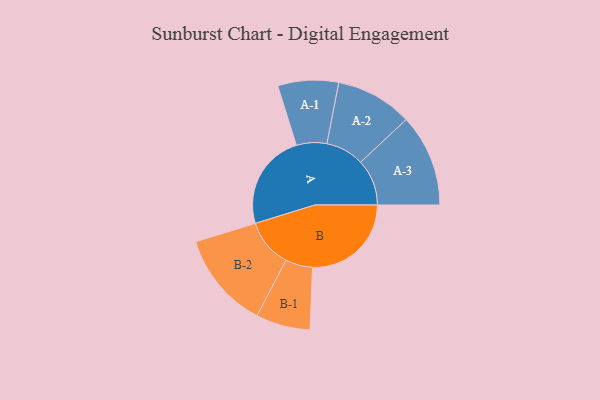
{"axis": {"x": "Segment", "y": "Value"}, "legend": ["", "A", "B"], "data": [{"x": "A", "y": 393, "type": ""}, {"x": "B", "y": 404, "type": ""}, {"x": "A-1", "y": 124, "type": "A"}, {"x": "A-2", "y": 157, "type": "A"}, {"x": "A-3", "y": 189, "type": "A"}, {"x": "B-1", "y": 111, "type": "B"}, {"x": "B-2", "y": 198, "type": "B"}]}